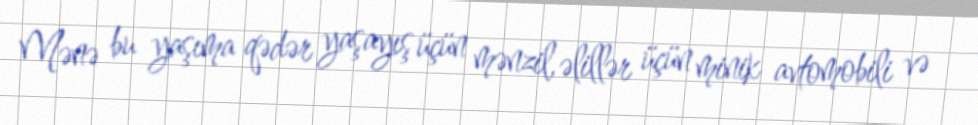
Mənə bu yaşıma qədər yaşayış üçün mənzil, əlillər üçün minik avtomobili və